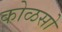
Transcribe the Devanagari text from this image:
कोळसो